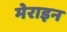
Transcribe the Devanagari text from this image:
मेराइन